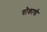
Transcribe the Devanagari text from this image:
चौकाची